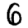
Digit: 6